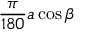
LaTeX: { \frac { \pi } { 1 8 0 } } a \cos \beta \,